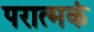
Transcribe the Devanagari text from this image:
परात्मकं